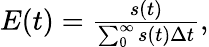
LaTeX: \begin{array}{r}{E(t)=\frac{s(t)}{\sum_{0}^{\infty}s(t)\Delta t},}\end{array}